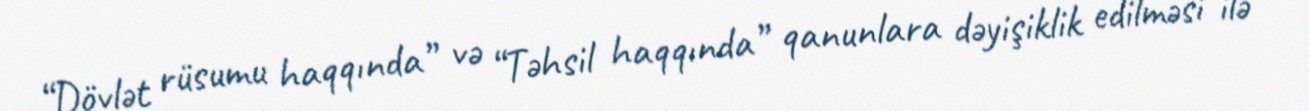
“Dövlət rüsumu haqqında” və “Təhsil haqqında” qanunlara dəyişiklik edilməsi ilə